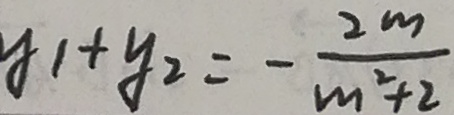
y _ { 1 } + y _ { 2 } = - \frac { 2 m } { m ^ { 2 } + 2 }